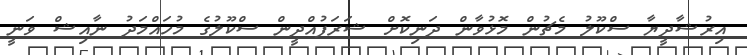
އިރުޝާދީޔާ ސްކޫލު މެޗުން މޮޅުވާން ދަނިކޮށް ޝަރަފުއްދީން ސްކޫލުގެ މުހައްމަދު ނާއިޝް ވަނީ